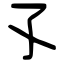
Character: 孓